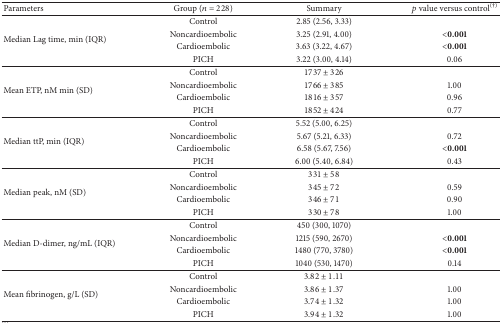
| Parameters | Group (n = 228) | Summary | p value versus control(†) |
 | --- | --- | --- | --- |
 | <ROWSPAN=4> Median Lag time, min (IQR) | Control | 2.85 (2.56, 3.33) |  |
 | Noncardioembolic | 3.25 (2.91, 4.00) | <0.001 |
 | Cardioembolic | 3.63 (3.22, 4.67) | <0.001 |
 | PICH | 3.22 (3.00, 4.14) | 0.06 |
 | <ROWSPAN=4> Mean ETP, nM min (SD) | Control | 1737 ± 326 |  |
 | Noncardioembolic | 1766 ± 385 | 1.00 |
 | Cardioembolic | 1816 ± 357 | 0.96 |
 | PICH | 1852 ± 424 | 0.77 |
 | <ROWSPAN=4> Median ttP, min (IQR) | Control | 5.52 (5.00, 6.25) |  |
 | Noncardioembolic | 5.67 (5.21, 6.33) | 0.72 |
 | Cardioembolic | 6.58 (5.67, 7.56) | <0.001 |
 | PICH | 6.00 (5.40, 6.84) | 0.43 |
 | <ROWSPAN=4> Median peak, nM (SD) | Control | 331 ± 58 |  |
 | Noncardioembolic | 345 ± 72 | 0.59 |
 | Cardioembolic | 346 ± 71 | 0.90 |
 | PICH | 330 ± 78 | 1.00 |
 | <ROWSPAN=4> Median D-dimer, ng/mL (IQR) | Control | 450 (300, 1070) |  |
 | Noncardioembolic | 1215 (590, 2670) | <0.001 |
 | Cardioembolic | 1480 (770, 3780) | <0.001 |
 | PICH | 1040 (530, 1470) | 0.14 |
 | <ROWSPAN=4> Mean fibrinogen, g/L (SD) | Control | 3.82 ± 1.11 |  |
 | Noncardioembolic | 3.86 ± 1.37 | 1.00 |
 | Cardioembolic | 3.74 ± 1.32 | 1.00 |
 | PICH | 3.94 ± 1.32 | 1.00 |